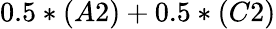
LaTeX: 0.5*(A2)+0.5*(C2)